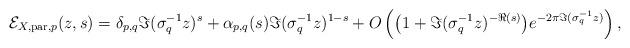
LaTeX: \begin{align*}\mathcal{E}_{X,\mathrm{par},p}(z,s)= \delta_{p,q}\Im(\sigma_{q}^{-1}z)^{s} +\alpha_{p,q}(s)\Im(\sigma_{q}^{-1}z)^{1-s} +O\left(\big(1+\Im(\sigma_{q}^{-1}z)^{-\Re(s)}\big)e^{-2\pi\Im(\sigma_{q}^{-1}z)}\right),\end{align*}